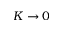
K \rightarrow 0